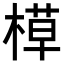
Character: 𬃸